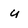
Character: u